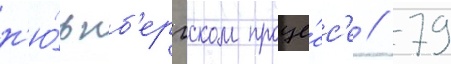
н'ю́рнб'ергском проце́сс'е // 79